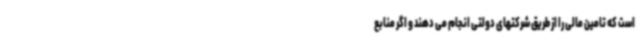
است که تامین مالی را از طریق شرکتهای دولتی انجام می دهند و اگر منابع